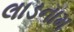
લાડનામ